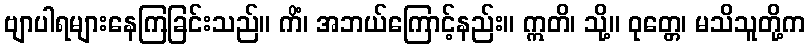
ဗျာပါရများနေကြခြင်းသည်။ ကိံ၊ အဘယ်ကြောင့်နည်း။ ဣတိ၊ သို့။ ဝုတ္တေ၊ မသိသူတို့က